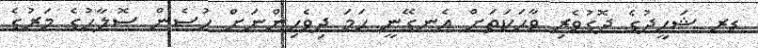
ޑރ ޝަހީދުގެ ދޮގުވެރި ވާހަކަތަށް އެނގޭނީ ހަމަ ދިވެހިންނަށް ހުސެން ސޮލާހުގެ މަރުގެ